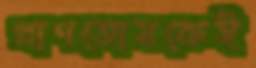
প্রাণতোষকেই